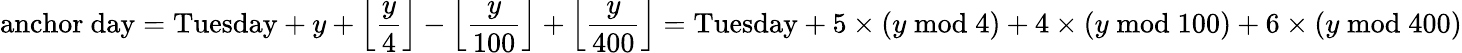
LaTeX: {\mathrm{anchor~day}}={\mathrm{Tuesday}}+y+\left\lfloor{\frac{y}{4}}\right\rfloor-\left\lfloor{\frac{y}{100}}\right\rfloor+\left\lfloor{\frac{y}{400}}\right\rfloor={\mathrm{Tuesday}}+5\times(y{\bmod{4}})+4\times(y{\bmod{1}}00)+6\times(y{\bmod{4}}00)